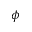
\phi